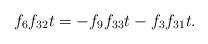
LaTeX: \begin{align*}f_6f_{32}t &= -f_9f_{33}t - f_3f_{31}t.\end{align*}